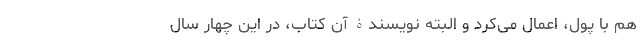
هم با پول، اِعمال می‌کرد و البته نویسندۀ آن کتاب، در این چهار سال